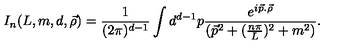
I _ { n } ( L , m , d , \vec { \rho } ) = \frac { 1 } { ( 2 \pi ) ^ { d - 1 } } \int { } d ^ { d - 1 } p \frac { e ^ { i \vec { p } . \vec { \rho } } } { ( \vec { p } ^ { 2 } + ( \frac { n \pi } { L } ) ^ { 2 } + m ^ { 2 } ) } .